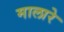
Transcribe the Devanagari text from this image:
मालारे